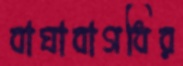
বাঘাবাগধির